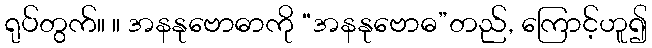
ရုပ်တွက်။ ။ အနနုဗောဓာကို “အနနုဗောဓ”တည်, ကြောင့်ဟူ၍